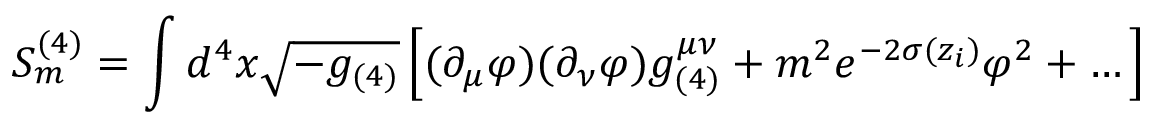
{ \cal S } _ { m } ^ { ( 4 ) } = \int d ^ { 4 } x \sqrt { - g _ { ( 4 ) } } \left[ ( \partial _ { \mu } \varphi ) ( \partial _ { \nu } \varphi ) g _ { ( 4 ) } ^ { \mu \nu } + m ^ { 2 } e ^ { - 2 \sigma ( z _ { i } ) } \varphi ^ { 2 } + \dots \right]